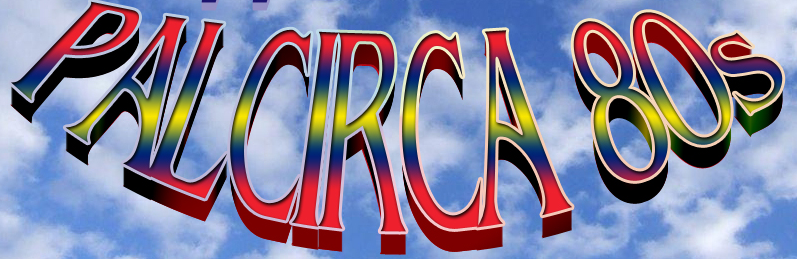
PALCIRCA 80S